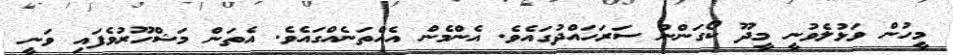
މީހުން ވަޅުލެވުނީ މީދޫ ކޯގަންނު ސަރަހައްދުގައެވެ. އެންމެން އެއްތަނެއްގައެވެ. އެތަން މަޝްހޫރުވެފައި ވަނީ